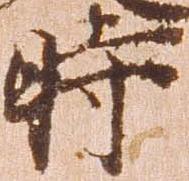
時